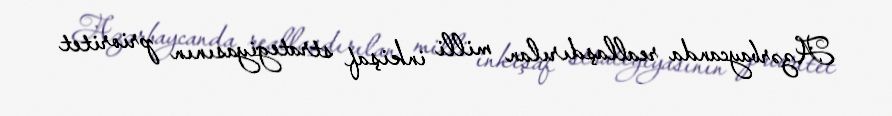
Azərbaycanda reallaşdırılan milli inkişaf strategiyasının prioritet